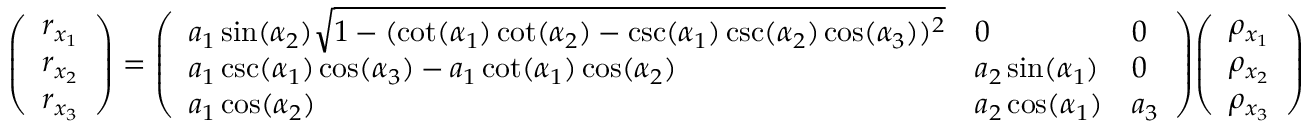
{ \left( \begin{array} { l } { r _ { x _ { 1 } } } \\ { r _ { x _ { 2 } } } \\ { r _ { x _ { 3 } } } \end{array} \right) } = { \left( \begin{array} { l l l } { a _ { 1 } \sin ( \alpha _ { 2 } ) { \sqrt { 1 - ( \cot ( \alpha _ { 1 } ) \cot ( \alpha _ { 2 } ) - \csc ( \alpha _ { 1 } ) \csc ( \alpha _ { 2 } ) \cos ( \alpha _ { 3 } ) ) ^ { 2 } } } } & { 0 } & { 0 } \\ { a _ { 1 } \csc ( \alpha _ { 1 } ) \cos ( \alpha _ { 3 } ) - a _ { 1 } \cot ( \alpha _ { 1 } ) \cos ( \alpha _ { 2 } ) } & { a _ { 2 } \sin ( \alpha _ { 1 } ) } & { 0 } \\ { a _ { 1 } \cos ( \alpha _ { 2 } ) } & { a _ { 2 } \cos ( \alpha _ { 1 } ) } & { a _ { 3 } } \end{array} \right) } { \left( \begin{array} { l } { \rho _ { x _ { 1 } } } \\ { \rho _ { x _ { 2 } } } \\ { \rho _ { x _ { 3 } } } \end{array} \right) }